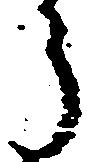
う